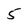
Character: 5